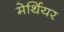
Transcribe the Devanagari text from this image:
मेर्थियर